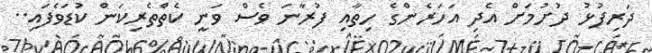
ދަރިފުޅު ދުށުމަށް އެދި އަހަރެންގެ ހިތާއި ފުރާނަ ވެސް ވަނީ ކެތްތެރިކަން ކުޑަވެފައި..